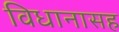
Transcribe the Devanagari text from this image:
विधानासह